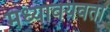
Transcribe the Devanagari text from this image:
मध्यावयवता